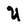
Character: U